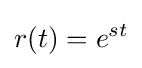
r(t)=e^{st}